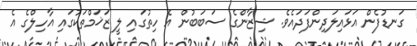
ގަނޑުފެން އަޅައިލަދިންފަދައެވެ. ޝިޒާންގެ ސަބަބުން އެ ހިތުގައި ލީ ޒަޚަމްތަކުގައި އާހިލްގެ އެ